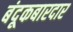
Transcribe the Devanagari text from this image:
बंदूकबारदार